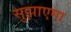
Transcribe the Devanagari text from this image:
सुझाएगा